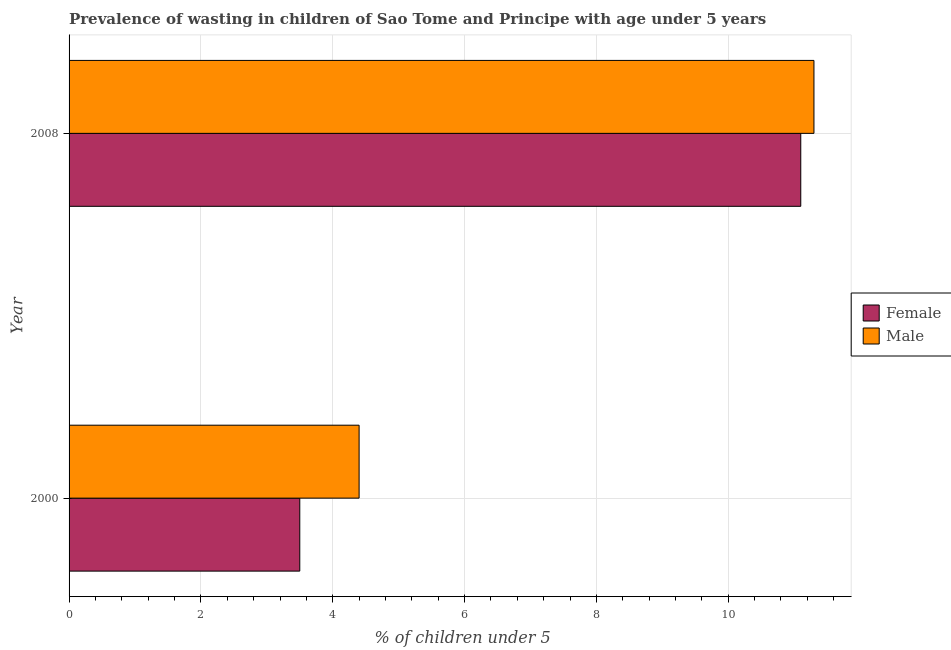
| Year | Female | Male |
 | --- | --- | --- |
 | 2000 | 3.5 | 4.4 |
 | 2008 | 11.1 | 11.3 |